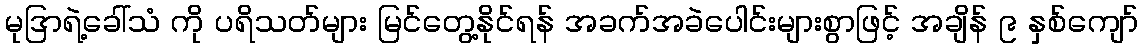
မုဒြာရဲ့ခေါ်သံ ကို ပရိသတ်များ မြင်တွေ့နိုင်ရန် အခက်အခဲပေါင်းများစွာဖြင့် အချိန် ၉ နှစ်ကျော်